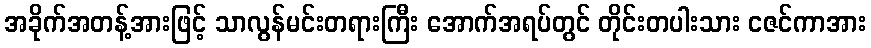
အခိုက်အတန့်အားဖြင့် သာလွန်မင်းတရားကြီး အောက်အရပ်တွင် တိုင်းတပါးသား ငဇင်ကာအား